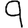
Digit: 9